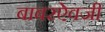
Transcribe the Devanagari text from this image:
बाबरऐवजी